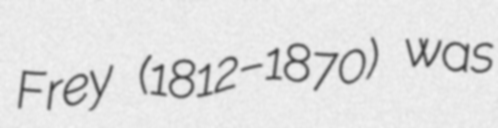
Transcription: Frey (1812–1870) was